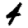
Digit: 4